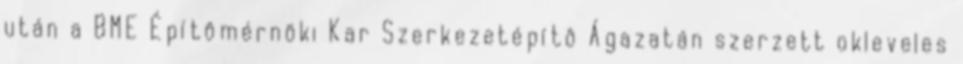
után a BME Építômérnöki Kar Szerkezetépítô Ágazatán szerzett okleveles